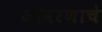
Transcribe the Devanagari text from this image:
आवरणाचे